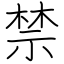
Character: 禁